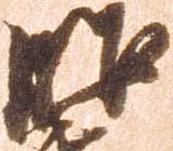
昭